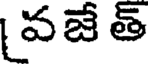
వజే త్